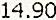
14.90